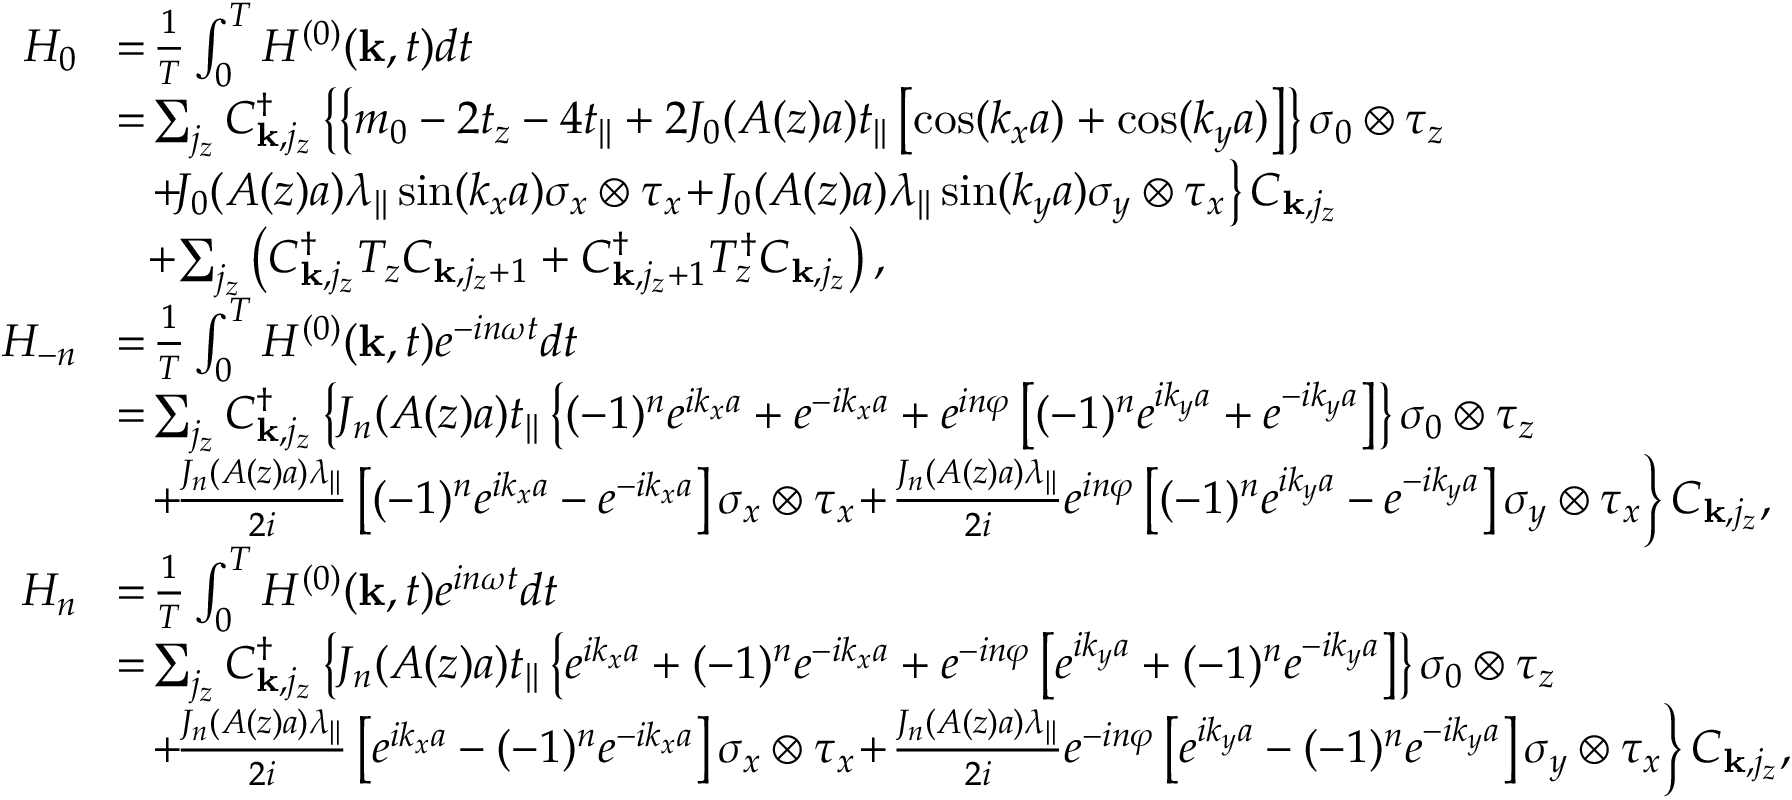
\begin{array} { r l } { H _ { 0 } } & { \! = \! \frac { 1 } { T } \int _ { 0 } ^ { T } H ^ { ( 0 ) } ( { \bf k } , t ) d t } \\ & { \! = \! \sum _ { j _ { z } } C _ { { \bf k } , j _ { z } } ^ { \dagger } \left\{ \left\{ m _ { 0 } - 2 t _ { z } - 4 t _ { | | } + 2 { \cal J } _ { 0 } ( A ( z ) a ) t _ { | | } \left[ \cos ( k _ { x } a ) + \cos ( k _ { y } a ) \right] \right\} \sigma _ { 0 } \otimes \tau _ { z } \right. } \\ & { \left. ~ ~ \! + \! { \cal J } _ { 0 } ( A ( z ) a ) \lambda _ { | | } \sin ( k _ { x } a ) \sigma _ { x } \otimes \tau _ { x } \! + \! { \cal J } _ { 0 } ( A ( z ) a ) \lambda _ { | | } \sin ( k _ { y } a ) \sigma _ { y } \otimes \tau _ { x } \right\} C _ { { \bf k } , j _ { z } } } \\ & { ~ ~ \! + \! \sum _ { j _ { z } } \left( C _ { { \bf k } , j _ { z } } ^ { \dagger } T _ { z } C _ { { \bf k } , j _ { z } + 1 } + C _ { { \bf k } , j _ { z } + 1 } ^ { \dagger } T _ { z } ^ { \dagger } C _ { { \bf k } , j _ { z } } \right) , } \\ { \! H _ { - n } } & { \! = \! \frac { 1 } { T } \int _ { 0 } ^ { T } H ^ { ( 0 ) } ( { \bf k } , t ) e ^ { - i n \omega t } d t } \\ & { \! = \! \sum _ { j _ { z } } C _ { { \bf k } , j _ { z } } ^ { \dagger } \left\{ { \cal J } _ { n } ( A ( z ) a ) t _ { | | } \left\{ ( - 1 ) ^ { n } e ^ { i k _ { x } a } + e ^ { - i k _ { x } a } + e ^ { i n \varphi } \left[ ( - 1 ) ^ { n } e ^ { i k _ { y } a } + e ^ { - i k _ { y } a } \right] \right\} \sigma _ { 0 } \otimes \tau _ { z } \right. } \\ & { \left. ~ ~ \! + \! \frac { { \cal J } _ { n } ( A ( z ) a ) \lambda _ { | | } } { 2 i } \left[ ( - 1 ) ^ { n } e ^ { i k _ { x } a } - e ^ { - i k _ { x } a } \right] \sigma _ { x } \otimes \tau _ { x } \! + \! \frac { { \cal J } _ { n } ( A ( z ) a ) \lambda _ { | | } } { 2 i } e ^ { i n \varphi } \left[ ( - 1 ) ^ { n } e ^ { i k _ { y } a } - e ^ { - i k _ { y } a } \right] \sigma _ { y } \otimes \tau _ { x } \right\} C _ { { \bf k } , j _ { z } } , } \\ { \! H _ { n } } & { \! = \! \frac { 1 } { T } \int _ { 0 } ^ { T } H ^ { ( 0 ) } ( { \bf k } , t ) e ^ { i n \omega t } d t } \\ & { \! = \! \sum _ { j _ { z } } C _ { { \bf k } , j _ { z } } ^ { \dagger } \left\{ { \cal J } _ { n } ( A ( z ) a ) t _ { | | } \left\{ e ^ { i k _ { x } a } + ( - 1 ) ^ { n } e ^ { - i k _ { x } a } + e ^ { - i n \varphi } \left[ e ^ { i k _ { y } a } + ( - 1 ) ^ { n } e ^ { - i k _ { y } a } \right] \right\} \sigma _ { 0 } \otimes \tau _ { z } \right. } \\ & { \left. ~ ~ \! + \! \frac { { \cal J } _ { n } ( A ( z ) a ) \lambda _ { | | } } { 2 i } \left[ e ^ { i k _ { x } a } - ( - 1 ) ^ { n } e ^ { - i k _ { x } a } \right] \sigma _ { x } \otimes \tau _ { x } \! + \! \frac { { \cal J } _ { n } ( A ( z ) a ) \lambda _ { | | } } { 2 i } e ^ { - i n \varphi } \left[ e ^ { i k _ { y } a } - ( - 1 ) ^ { n } e ^ { - i k _ { y } a } \right] \sigma _ { y } \otimes \tau _ { x } \right\} C _ { { \bf k } , j _ { z } } , } \end{array}